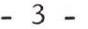
- 3 -